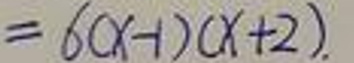
\[=6(x - 1)(x + 2).\]